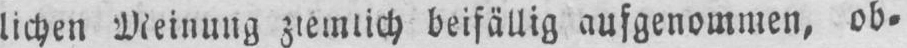
lichen Meinung ziemlich beifällig aufgenommen, ob⸗